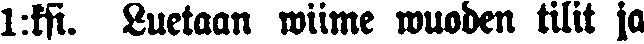
I:ksi. Luetaan wiime wuoden tilit ja